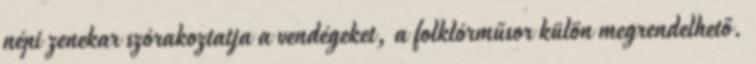
népi zenekar szórakoztatja a vendégeket, a folklórműsor külön megrendelhető.